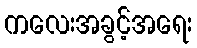
ကလေးအခွင့်အရေး